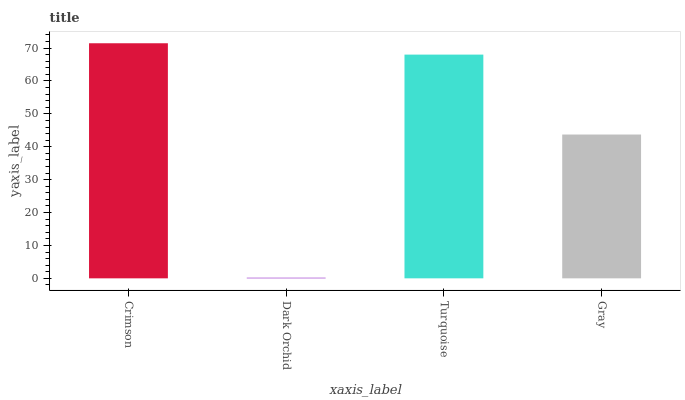
| xaxis_label | bars |
 | --- | --- |
 | Crimson | 71.5 |
 | Dark Orchid | 0.192 |
 | Turquoise | 68 |
 | Gray | 43.7 |